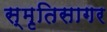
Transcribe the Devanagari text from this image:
स्मृतिसागर